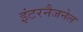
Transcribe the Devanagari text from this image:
इंटरनैजनेल